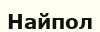
Найпол